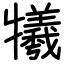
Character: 犧